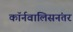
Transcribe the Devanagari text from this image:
कॉर्नवालिसनंतर